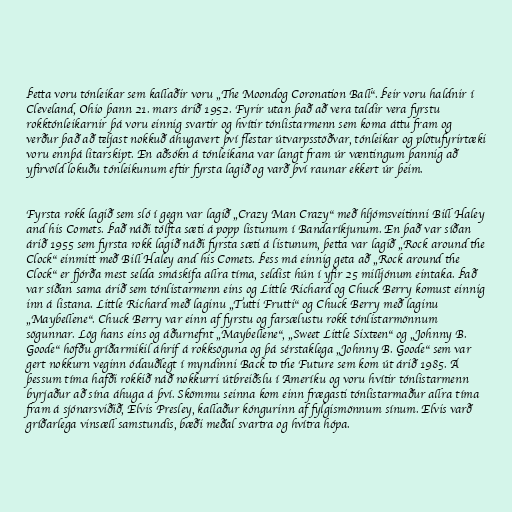
Þetta voru tónleikar sem kallaðir voru „The Moondog Coronation Ball“. Þeir voru haldnir í
Cleveland, Ohio þann 21. mars árið 1952. Fyrir utan það að vera taldir vera fyrstu
rokktónleikarnir þá voru einnig svartir og hvítir tónlistarmenn sem koma áttu fram og
verður það að teljast nokkuð áhugavert því flestar útvarpsstöðvar, tónleikar og plötufyrirtæki
voru ennþá litarskipt. En aðsókn á tónleikana var langt fram úr væntingum þannig að
yfirvöld lokuðu tónleikunum eftir fyrsta lagið og varð því raunar ekkert úr þeim.

Fyrsta rokk lagið sem sló í gegn var lagið „Crazy Man Crazy“ með hljómsveitinni Bill Haley
and his Comets. Það náði tólfta sæti á popp listunum í Bandaríkjunum. En það var síðan
árið 1955 sem fyrsta rokk lagið náði fyrsta sæti á listunum, þetta var lagið „Rock around the
Clock“ einmitt með Bill Haley and his Comets. Þess má einnig geta að „Rock around the
Clock“ er fjórða mest selda smáskífa allra tíma, seldist hún í yfir 25 milljónum eintaka. Það
var síðan sama árið sem tónlistarmenn eins og Little Richard og Chuck Berry komust einnig
inn á listana. Little Richard með laginu „Tutti Frutti“ og Chuck Berry með laginu
„Maybellene“. Chuck Berry var einn af fyrstu og farsælustu rokk tónlistarmönnum
sögunnar. Lög hans eins og áðurnefnt „Maybellene“, „Sweet Little Sixteen“ og „Johnny B.
Goode“ höfðu gríðarmikil áhrif á rokksöguna og þá sérstaklega „Johnny B. Goode“ sem var
gert nokkurn veginn ódauðlegt í myndinni Back to the Future sem kom út árið 1985. Á
þessum tíma hafði rokkið náð nokkurri útbreiðslu í Ameríku og voru hvítir tónlistarmenn
byrjaður að sína áhuga á því. Skömmu seinna kom einn frægasti tónlistarmaður allra tíma
fram á sjónarsviðið, Elvis Presley, kallaður kóngurinn af fylgismönnum sínum. Elvis varð
gríðarlega vinsæll samstundis, bæði meðal svartra og hvítra hópa.